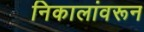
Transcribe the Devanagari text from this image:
निकालांवरून